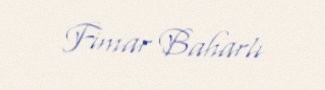
Fimar Baharlı